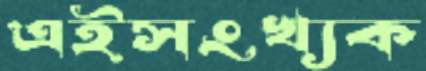
এইসংখ্যক